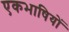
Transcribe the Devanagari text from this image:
एकभाषियों